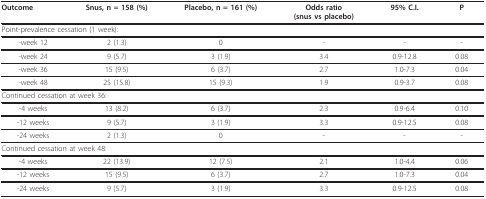
<table><thead><tr><td><b>Outcome</b></td><td><b>Snus, n = 158 (%)</b></td><td><b>Placebo, n = 161 (%)</b></td><td><b>Odds ratio(snus vs placebo)</b></td><td><b>95% C.I.</b></td><td><b>P</b></td></tr></thead><tbody><tr><td colspan="6">Point-prevalence cessation (1 week):</td></tr><tr><td>-week 12</td><td>2 (1.3)</td><td>0</td><td>-</td><td>-</td><td>-</td></tr><tr><td>-week 24</td><td>9 (5.7)</td><td>3 (1.9)</td><td>3.4</td><td>0.9-12.8</td><td>0.08</td></tr><tr><td>-week 36</td><td>15 (9.5)</td><td>6 (3.7)</td><td>2.7</td><td>1.0-7.3</td><td>0.04</td></tr><tr><td>-week 48</td><td>25 (15.8)</td><td>15 (9.3)</td><td>1.9</td><td>0.9-3.7</td><td>0.08</td></tr><tr><td colspan="6">Continued cessation at week 36:</td></tr><tr><td>-4 weeks</td><td>13 (8.2)</td><td>6 (3.7)</td><td>2.3</td><td>0.9-6.4</td><td>0.10</td></tr><tr><td>-12 weeks</td><td>9 (5.7)</td><td>3 (1.9)</td><td>3.3</td><td>0.9-12.5</td><td>0.08</td></tr><tr><td>-24 weeks</td><td>2 (1.3)</td><td>0</td><td>-</td><td>-</td><td>-</td></tr><tr><td colspan="6">Continued cessation at week 48:</td></tr><tr><td>-4 weeks</td><td>22 (13.9)</td><td>12 (7.5)</td><td>2.1</td><td>1.0-4.4</td><td>0.06</td></tr><tr><td>-12 weeks</td><td>15 (9.5)</td><td>6 (3.7)</td><td>2.7</td><td>1.0-7.3</td><td>0.04</td></tr><tr><td>-24 weeks</td><td>9 (5.7)</td><td>3 (1.9)</td><td>3.3</td><td>0.9-12.5</td><td>0.08</td></tr></tbody></table>